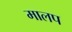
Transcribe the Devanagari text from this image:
मालप